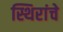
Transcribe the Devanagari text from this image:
स्थिरांचे